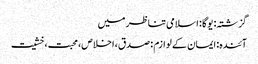
گزشتہ: یوگا : اسلامی تناظر میں
آئندہ: ایمان کے لوازم : صدق، اخلاص، محبت، خشیت